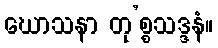
ဃောသနာ တု’စ္စသဒ္ဒနံ။